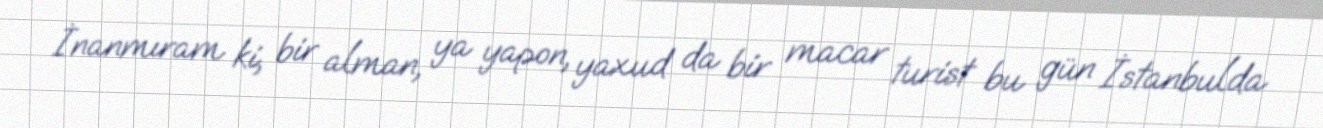
İnanmıram ki, bir alman, ya yapon, yaxud da bir macar turist bu gün İstanbulda